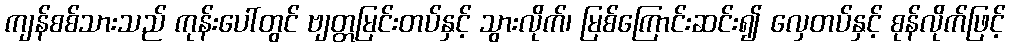
ကျန်စစ်သားသည် ကုန်းပေါ်တွင် ဗျတ္တမြင်းတပ်နှင့် သွားလိုက်၊ မြစ်ကြောင်းဆင်း၍ လှေတပ်နှင့် စုန်လိုက်ဖြင့်